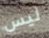
ليس